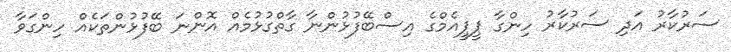
ސަރުކާރު އަދި ސަރުކާރު ހިންގާ ޕީޕީއެމްގެ އިސްބޭފުޅުންނާ ގާތްގުޅުމެއް އޮންނަ ބޭފުޅުންތަކެއް ހިންގަވާ